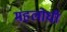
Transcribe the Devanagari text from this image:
महलोधी